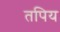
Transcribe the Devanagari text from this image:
तपिय